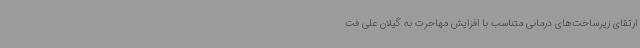
ارتقای زیرساخت‌های درمانی متناسب با افزایش مهاجرت به گیلان علی فت